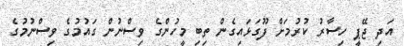
އަދި ޖޭޕީ ހިސާރު ކުރުމަށް ފޫގަޅައިގެން ތިބި މީހުންގެ ވިސްނުން ގައުމުގެ ވިސްނުމުގެ